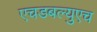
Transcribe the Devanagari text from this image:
एचडबल्युएच